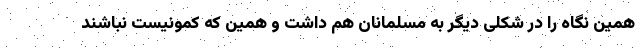
همین نگاه را در شکلی دیگر به مسلمانان هم داشت و همین که کمونیست نباشند